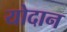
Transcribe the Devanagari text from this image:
योदान